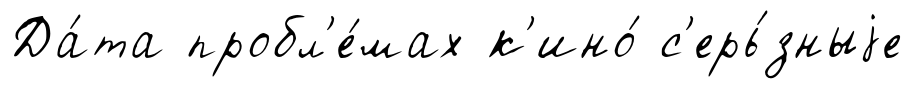
Да́та пробл'е́мах к'ино́ с'ерь́зныjе